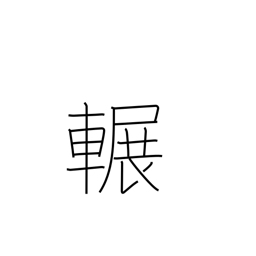
Meaning: squeak